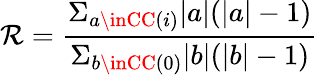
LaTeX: \mathcal{R}=\frac{{\Sigma_{a\inCC(i)}|a|(|a|-1)}}{{\Sigma_{b\inCC(0)}|b|(|b|-1)}}